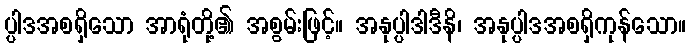
ပ္ပါဒအစရှိသော အာရုံတို့၏ အစွမ်းဖြင့်။ အနုပ္ပါဒါဒီနိ၊ အနုပ္ပါဒအစရှိကုန်သော။